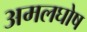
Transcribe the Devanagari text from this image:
अमलघोष